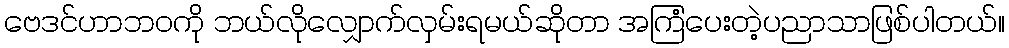
ဗေဒင်ဟာဘဝကို ဘယ်လိုလျှောက်လှမ်းရမယ်ဆိုတာ အကြံပေးတဲ့ပညာသာဖြစ်ပါတယ်။